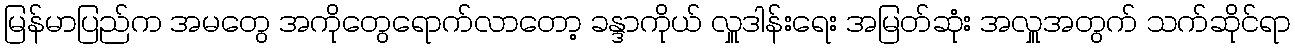
မြန်မာပြည်က အမတွေ အကိုတွေရောက်လာတော့ ခန္ဒာကိုယ် လှူဒါန်းရေး အမြတ်ဆုံး အလှူအတွက် သက်ဆိုင်ရာ